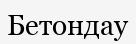
Бетондау